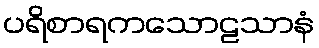
ပရိစာရကသောဠသာနံ